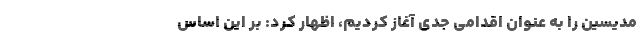
مدیسین را به عنوان اقدامی جدی آغاز کردیم، اظهار کرد: بر این اساس